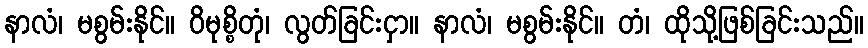
နာလံ၊ မစွမ်းနိုင်။ ဝိမုစ္စိတုံ၊ လွတ်ခြင်းငှာ။ နာလံ၊ မစွမ်းနိုင်။ တံ၊ ထိုသို့ဖြစ်ခြင်းသည်။